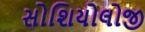
સોશિયોલોજી